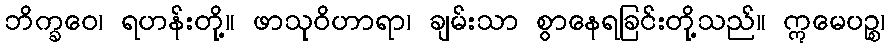
ဘိက္ခဝေ၊ ရဟန်းတို့။ ဖာသုဝိဟာရာ၊ ချမ်းသာ စွာနေရခြင်းတို့သည်။ ဣမေပဉ္စ၊